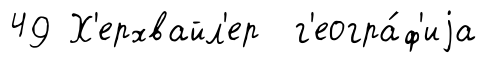
49 Х'ерхвайл'ер г'еогра́ф'иjа